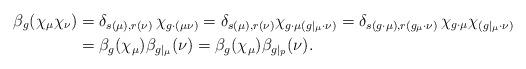
LaTeX: \begin{align*}\beta_g(\chi_\mu \chi_\nu)&=\delta_{s(\mu),r(\nu)}\, \chi_{g\cdot(\mu\nu)} =\delta_{s(\mu),r(\nu)}\chi_{g\cdot\mu (g|_\mu\cdot \nu)} =\delta_{s(g\cdot\mu),r(g_\mu\cdot \nu)}\, \chi_{g\cdot\mu} \chi_{(g|_\mu\cdot \nu)} \\&=\beta_g(\chi_\mu)\beta_{g|_\mu}(\nu)=\beta_g(\chi_\mu)\beta_{g|_p}(\nu).\end{align*}